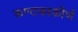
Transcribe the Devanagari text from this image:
कण्टकाकीर्ण